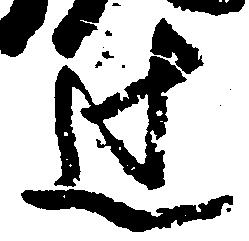
辻